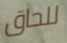
للحاق